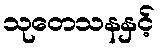
သုတေသနနှင့်